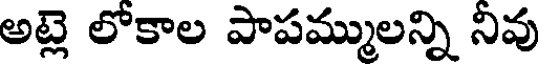
అట్లె లోకాల పాపమ్ములన్ని నివు